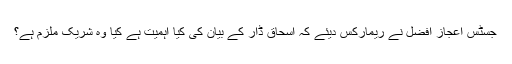
جسٹس اعجاز افضل نے ریمارکس دیئے کہ اسحاق ڈار کے بیان کی کیا اہمیت ہے کیا وہ شریک ملزم ہے؟